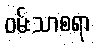
ဝမ်းသာစရာ